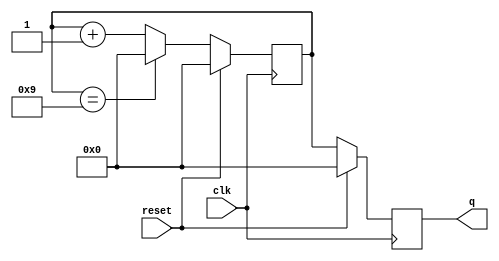
`timescale 1ns / 1ps

module bcd_counter(
input clk, reset, output reg [3:0] q
    );
    reg [3:0] t;
always @ (posedge clk) begin
  if (reset) 
  begin
    t <= 4'b0000;
    q <= 4'b0000;
  end
  else 
  begin
    t <= t + 1;
    if (t == 4'b1001) 
    begin
      t <= 4'b0000;
    end
    q <= t;
  end
end
endmodule